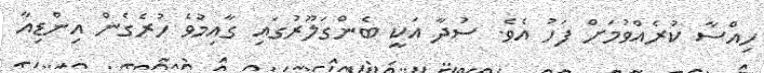
ހިއްސާ ކުރެއްވުމަށް ފަހު އެވެ. ސުދާ އަކީ ބެންގަލޫރުގައި ގާއިމުވެ ހުރެގެން އިންޑިއާ